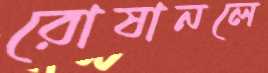
রোষানলে